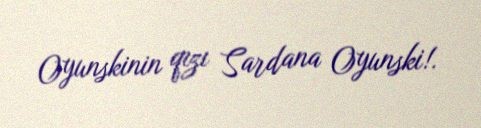
Oyunskinin qızı Sardana Oyunski!.